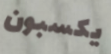
يكسبون